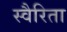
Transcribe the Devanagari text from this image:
स्वैरिता